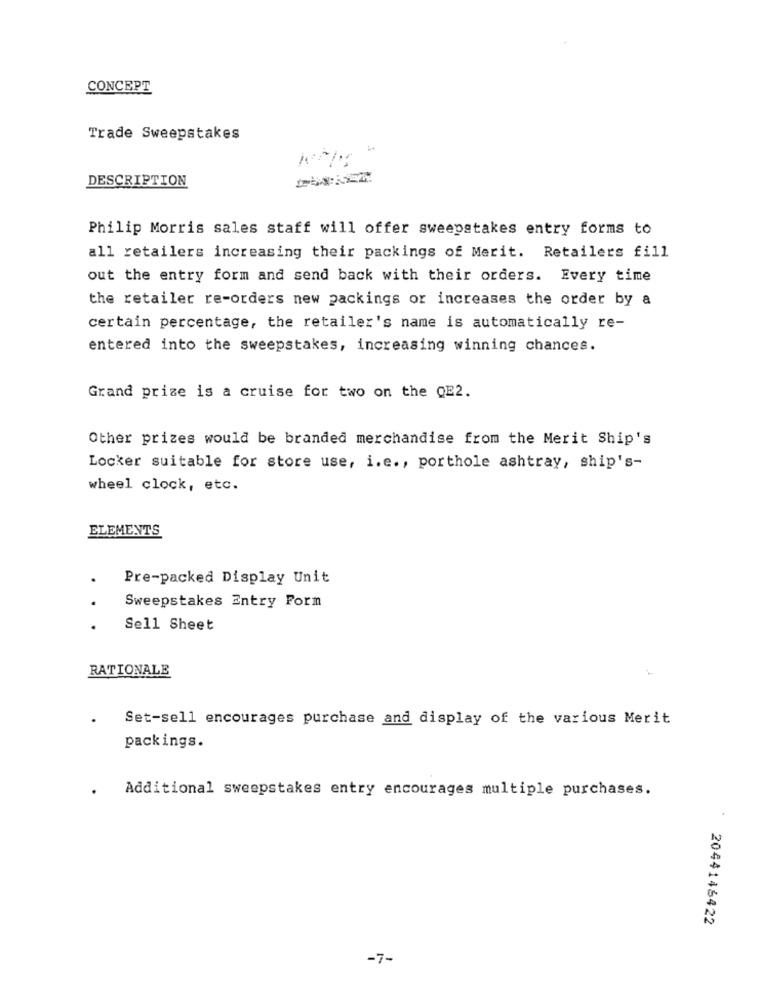
CONCEPT
Trade Sweepstakes
DESCRIPTION
Philip Morris sales staff will offer sweepstakes entry forms to
all retailers increasing their packings of Merit. Retailers fill
out the entry form and send back with their orders. Every time
the retailer re-orders new packings or increases the order by a
certain percentage, the retailer's name is automatically re-
entered into the sweepstakes, increasing winning chances.
Grand prize is a cruise for two on the QE2.
Other prizes would be branded merchandise from the Merit Ship's
Locker suitable for store use, i.e ., porthole ashtray, ship's-
wheel clock, etc.
ELEMENTS
Pre-packed Display Unit
Sweepstakes Entry Form
.
Sell Sheet
RATIONALE
Set-sell encourages purchase and display of the various Merit
packings.
. Additional sweepstakes entry encourages multiple purchases.
2044146422
-7-